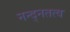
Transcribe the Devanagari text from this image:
नन्द्नतत्व